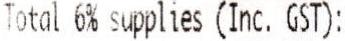
TOTAL 6% SUPPLIES (INC. GST):